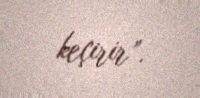
keçirir”.